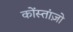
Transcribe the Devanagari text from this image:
कोंस्तांज़ो